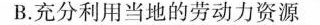
B. 充分利用当地的劳动力资源